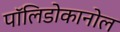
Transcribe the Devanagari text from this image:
पॉलिडोकानोल